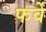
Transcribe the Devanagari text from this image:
फर्वे